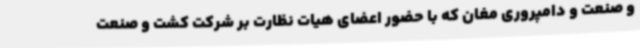
و صنعت و دامپروری مغان که با حضور اعضای هیات نظارت بر شرکت کشت و صنعت